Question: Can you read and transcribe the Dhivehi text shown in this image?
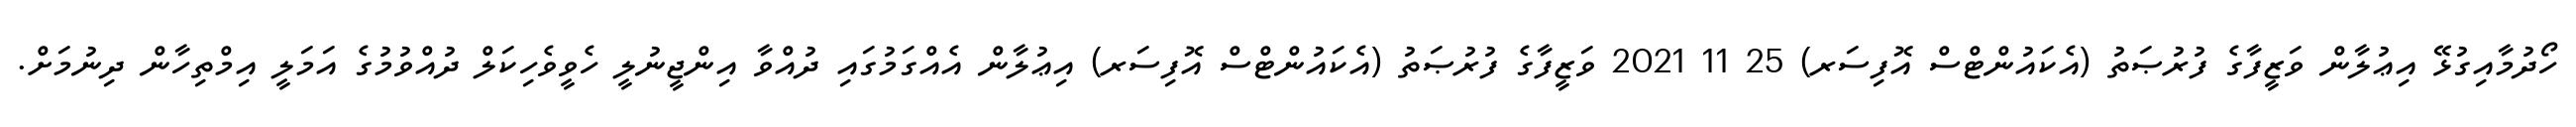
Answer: ހޯދުމާއިގުޅޭ އިޢުލާން ވަޒީފާގެ ފުރުޞަތު (އެކައުންޓްސް އޮފިސަރ) 25 11 2021 ވަޒީފާގެ ފުރުޞަތު (އެކައުންޓްސް އޮފިސަރ) އިޢުލާން އެއްގަމުގައި ދުއްވާ އިންޖީނުލީ ހެވީވެހިކަލް ދުއްވުމުގެ އަމަލީ އިމްތިހާން ދިނުމަށް.